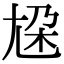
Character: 尮